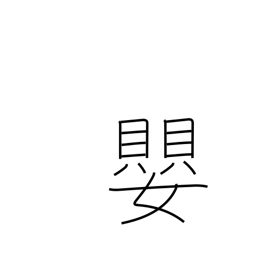
Meaning: sharp (music)